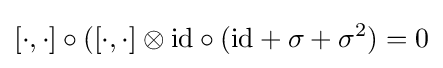
[\cdot ,\cdot ]\circ ([\cdot ,\cdot ]\otimes {\operatorname {id} }\circ ({\operatorname {id} }+\sigma +\sigma ^{2})=0